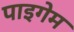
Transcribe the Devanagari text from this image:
पाइगेम